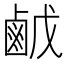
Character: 𪉠